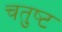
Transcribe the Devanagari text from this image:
चतुष्‍ट